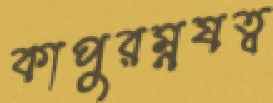
কাপুরম্নষত্ব